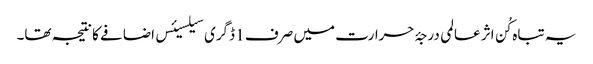
یہ تباہ کُن اثر عالمی درجۂ حرارت میں صرف 1 ڈگری سیلسیئس اضافے کا نتیجہ تھا۔